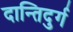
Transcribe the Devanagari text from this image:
दान्तिदुर्ग